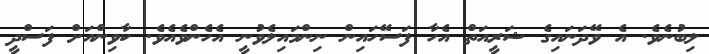
ލިބުނެވެ. އެ ވޭދަނައިގެ ޝަރީއަތް އެހާ ފަސޭހައިން ނިންމައިލެވުނީ އެހެންވެއެވެ. ކާވިންއަށް ފަސްދީ